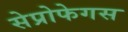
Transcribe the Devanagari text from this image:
सेप्रोफेगस